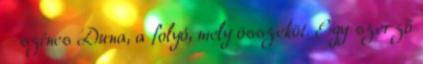
– színes Duna, a folyó, mely összeköt. Egy szerző